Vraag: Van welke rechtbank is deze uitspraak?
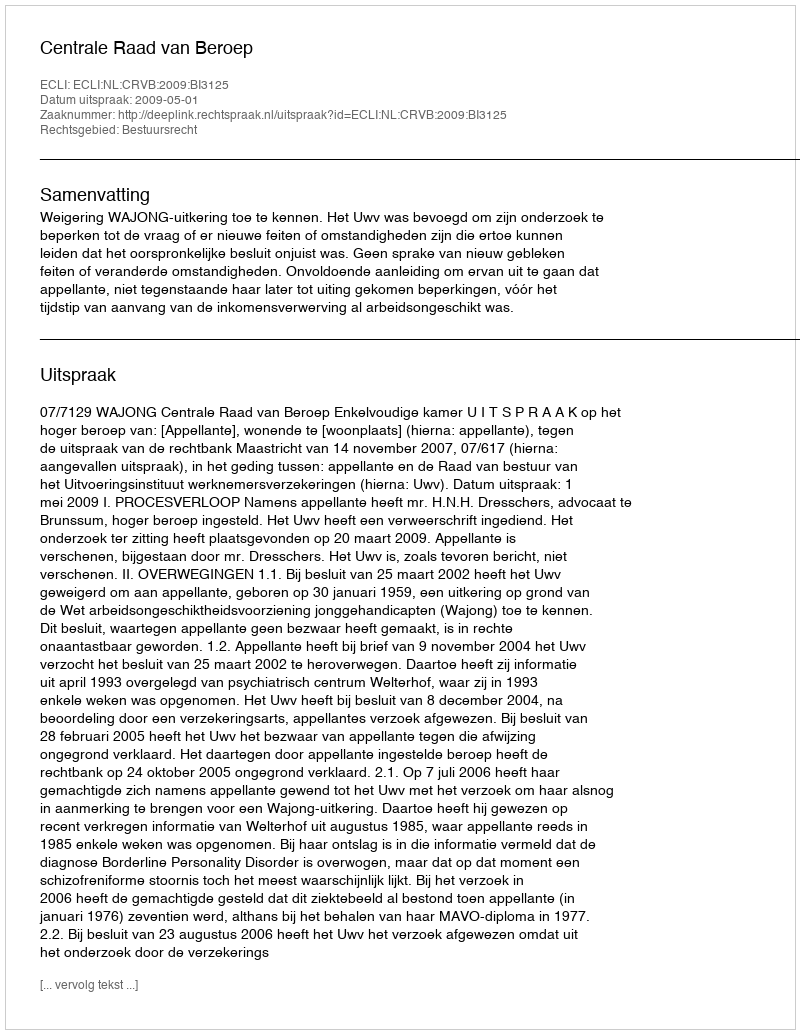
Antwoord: Centrale Raad van Beroep